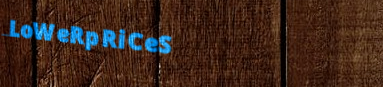
LoWeRpRiCeS